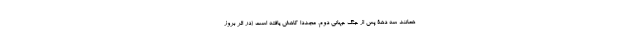
همانند سه دهۀ پس از جنگ جهانی دوم، مجددا کاهش یافته است (در اثر بروز